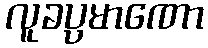
လူခပ္ပမာဏော